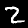
Digit: 2